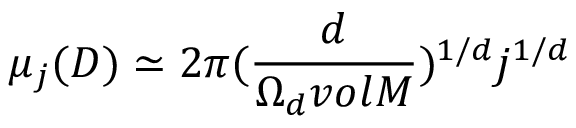
{ \mu } _ { j } ( D ) \simeq 2 { \pi } ( \frac { d } { { \Omega } _ { d } v o l M } ) ^ { 1 / d } j ^ { 1 / d }